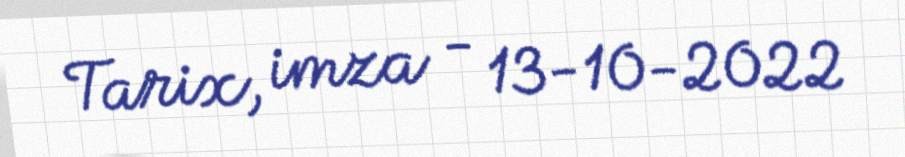
Tarix, imza - 13-10-2022